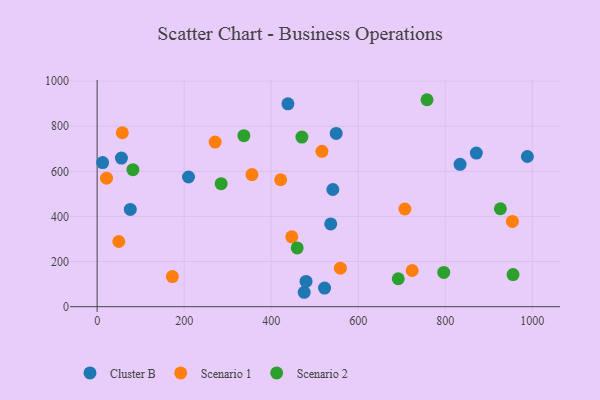
{"axis": {"x": "Distance", "y": "Salary"}, "legend": ["Cluster B", "Scenario 1", "Scenario 2"], "data": [{"x": "988.8", "y": 665.7, "type": "Cluster B"}, {"x": "536.8", "y": 366.7, "type": "Cluster B"}, {"x": "438.5", "y": 899.2, "type": "Cluster B"}, {"x": "522.7", "y": 82.5, "type": "Cluster B"}, {"x": "55.8", "y": 658.7, "type": "Cluster B"}, {"x": "541.7", "y": 519.6, "type": "Cluster B"}, {"x": "871.5", "y": 681.2, "type": "Cluster B"}, {"x": "12.6", "y": 639.0, "type": "Cluster B"}, {"x": "210.0", "y": 574.9, "type": "Cluster B"}, {"x": "475.9", "y": 63.9, "type": "Cluster B"}, {"x": "549.4", "y": 768.0, "type": "Cluster B"}, {"x": "480.1", "y": 112.1, "type": "Cluster B"}, {"x": "834.1", "y": 631.3, "type": "Cluster B"}, {"x": "76.2", "y": 431.3, "type": "Cluster B"}, {"x": "271.2", "y": 729.7, "type": "Scenario 1"}, {"x": "724.1", "y": 160.5, "type": "Scenario 1"}, {"x": "421.8", "y": 562.7, "type": "Scenario 1"}, {"x": "355.8", "y": 585.9, "type": "Scenario 1"}, {"x": "447.3", "y": 309.8, "type": "Scenario 1"}, {"x": "707.3", "y": 433.1, "type": "Scenario 1"}, {"x": "57.8", "y": 771.0, "type": "Scenario 1"}, {"x": "954.4", "y": 378.2, "type": "Scenario 1"}, {"x": "49.8", "y": 289.1, "type": "Scenario 1"}, {"x": "516.6", "y": 688.9, "type": "Scenario 1"}, {"x": "559.0", "y": 170.6, "type": "Scenario 1"}, {"x": "172.9", "y": 133.7, "type": "Scenario 1"}, {"x": "21.6", "y": 569.8, "type": "Scenario 1"}, {"x": "758.1", "y": 917.5, "type": "Scenario 2"}, {"x": "692.0", "y": 123.9, "type": "Scenario 2"}, {"x": "955.8", "y": 142.3, "type": "Scenario 2"}, {"x": "470.6", "y": 751.9, "type": "Scenario 2"}, {"x": "796.6", "y": 152.0, "type": "Scenario 2"}, {"x": "337.2", "y": 758.0, "type": "Scenario 2"}, {"x": "459.8", "y": 260.7, "type": "Scenario 2"}, {"x": "926.8", "y": 434.1, "type": "Scenario 2"}, {"x": "82.2", "y": 607.5, "type": "Scenario 2"}, {"x": "285.0", "y": 545.2, "type": "Scenario 2"}]}